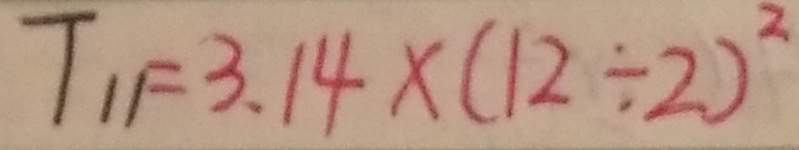
T _ { 1 1 } = 3 . 1 4 \times ( 1 2 \div 2 ) ^ { 2 }